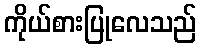
ကိုယ်စားပြုလေသည်